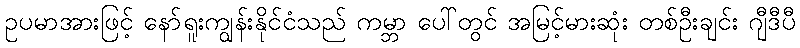
ဥပမာအားဖြင့် နော်ရူးကျွန်းနိုင်ငံသည် ကမ္ဘာ ပေါ်တွင် အမြင့်မားဆုံး တစ်ဦးချင်း ဂျီဒီပီ